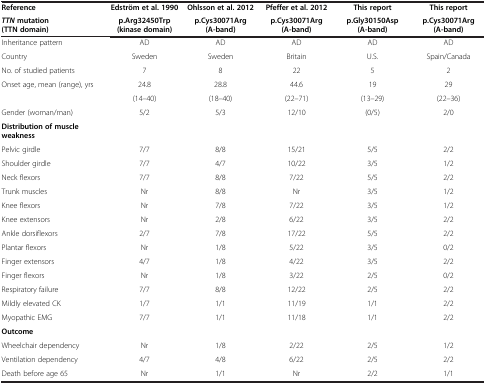
| Reference | Edström et al. 1990 | Ohlsson et al. 2012 | Pfeffer et al. 2012 | This report | This report |
 | TTN mutation (TTN domain) | p.Arg32450Trp (kinase domain) | p.Cys30071Arg (A-band) | p.Cys30071Arg (A-band) | p.Gly30150Asp (A-band) | p.Cys30071Arg (A-band) |
 | --- | --- | --- | --- | --- | --- |
 | Inheritance pattern | AD | AD | AD | AD | AD |
 | Country | Sweden | Sweden | Britain | U.S. | Spain/Canada |
 | No. of studied patients | 7 | 8 | 22 | 5 | 2 |
 | <ROWSPAN=2> Onset age, mean (range), yrs | 24.8 | 28.8 | 44.6 | 19 | 29 |
 | (14–40) | (18–40) | (22–71) | (13–29) | (22–36) |
 | Gender (woman/man) | 5/2 | 5/3 | 12/10 | (0/5) | 2/0 |
 | Distribution of muscle weakness |  |  |  |  |  |
 | Pelvic girdle | 7/7 | 8/8 | 15/21 | 5/5 | 2/2 |
 | Shoulder girdle | 7/7 | 4/7 | 10/22 | 3/5 | 1/2 |
 | Neck flexors | 7/7 | 8/8 | 7/22 | 5/5 | 2/2 |
 | Trunk muscles | Nr | 8/8 | Nr | 3/5 | 1/2 |
 | Knee flexors | Nr | 7/8 | 7/22 | 3/5 | 1/2 |
 | Knee extensors | Nr | 2/8 | 6/22 | 3/5 | 2/2 |
 | Ankle dorsiflexors | 2/7 | 7/8 | 17/22 | 5/5 | 2/2 |
 | Plantar flexors | Nr | 1/8 | 5/22 | 3/5 | 0/2 |
 | Finger extensors | 4/7 | 1/8 | 4/22 | 3/5 | 2/2 |
 | Finger flexors | Nr | 1/8 | 3/22 | 2/5 | 0/2 |
 | Respiratory failure | 7/7 | 8/8 | 12/22 | 2/5 | 2/2 |
 | Mildly elevated CK | 1/7 | 1/1 | 11/19 | 1/1 | 2/2 |
 | Myopathic EMG | 7/7 | 1/1 | 11/18 | 1/1 | 2/2 |
 | Outcome |  |  |  |  |  |
 | Wheelchair dependency | Nr | 1/8 | 2/22 | 2/5 | 1/2 |
 | Ventilation dependency | 4/7 | 4/8 | 6/22 | 2/5 | 2/2 |
 | Death before age 65 | Nr | 1/1 | Nr | 2/2 | 1/1 |